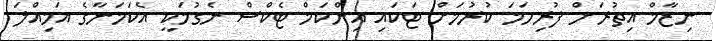
ނިޒާމް އިތުރަށް ފުރިހަމަ ކުރުމަށް ޓަކައި އިންކަމް ޓެކްސް ނެގުމަކީ އެކަމަނާގެ އަމިއްލަ